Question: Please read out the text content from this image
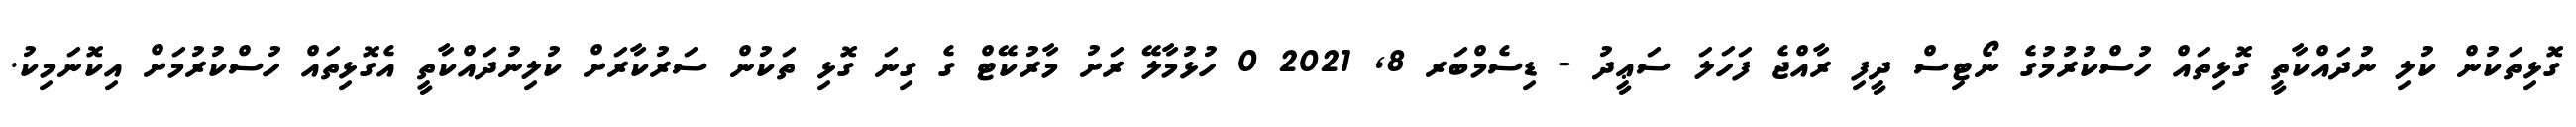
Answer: ގޮޅިތަކުން ކުލި ނުދައްކާތީ ގޮޅިތައް ހުސްކުރުމުގެ ނޯޓިސް ދީފި ރާއްޖެ ފަހަލަ ސަޢީދު - ޑިސެމްބަރ 8, 2021 0 ހުޅުމާލޭ ރަށު މާރުކޭޓް ގެ ގިނަ ގޮޅި ތަކުން ސަރުކާރަށް ކުލިނުދައްކާތީ އެގޮޅިތައް ހުސްކުރުމަށް އިކޮނަމިކު.